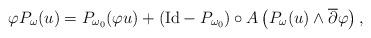
LaTeX: \begin{align*}\varphi P_{\omega}(u)=P_{\omega_{0}}(\varphi u)+\left(\mathrm{Id}-P_{\omega_{0}}\right)\circ A\left(P_{\omega}(u)\wedge\overline{\partial}\varphi\right),\end{align*}